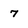
Character: 7